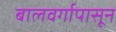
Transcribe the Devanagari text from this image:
बालवर्गापासून